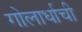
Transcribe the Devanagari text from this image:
गोलार्धाची